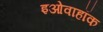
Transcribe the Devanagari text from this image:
इओवाहॉक